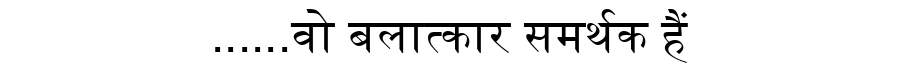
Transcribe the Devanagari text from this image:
......वो बलात्कार समर्थक हैं